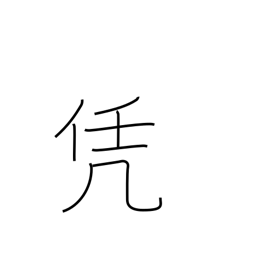
Meaning: lie heavy